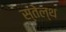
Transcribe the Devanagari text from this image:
स्तेल्थ